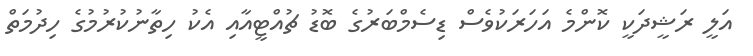
އަލީ ރަޝީދަކީ ކޮންމެ އަހަރަކުވެސް ޑިސެމްބަރުގެ ބޮޑު ޗުއްޓީއާއި އެކު ހިތާނުކުރުމުގެ ހިދުމަތް